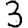
Digit: 3